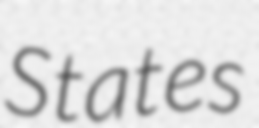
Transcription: States